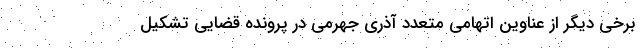
برخی دیگر از عناوین اتهامی متعدد آذری جهرمی در پرونده قضایی تشکیل